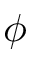
\phi